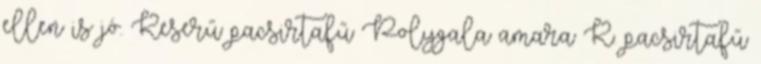
ellen is jó. Keserű pacsirtafű Polygala amara K. pacsirtafű